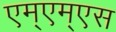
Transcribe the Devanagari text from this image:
एम्एम्एस